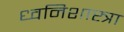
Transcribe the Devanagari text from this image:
ध्वनिशास्त्रा